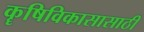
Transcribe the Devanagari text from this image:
कॄषिविकासासाठी